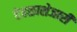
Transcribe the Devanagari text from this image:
देवळाशेजारी